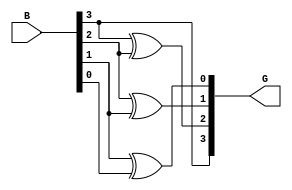
module binary_to_gray(input[3:0]B,output[3:0]G);
  assign G[3]=B[3];
  assign G[2]=B[3]^B[2];
  assign G[1]=B[2]^B[1];
  assign G[0]=B[1]^B[0];
endmodule